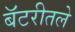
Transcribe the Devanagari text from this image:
बॅटरीतले